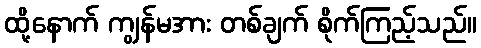
ထို့နောက် ကျွန်မအား တစ်ချက် စိုက်ကြည့်သည်။